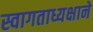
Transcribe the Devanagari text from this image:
स्वागताध्यक्षाने